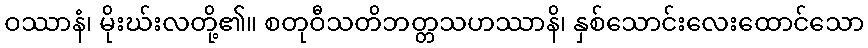
ဝဿာနံ၊ မိုးဃ်းလတို့၏။ စတုဝီသတိဘတ္တသဟဿာနိ၊ နှစ်သောင်းလေးထောင်သော